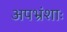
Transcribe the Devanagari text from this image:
अपभ्रंशाः